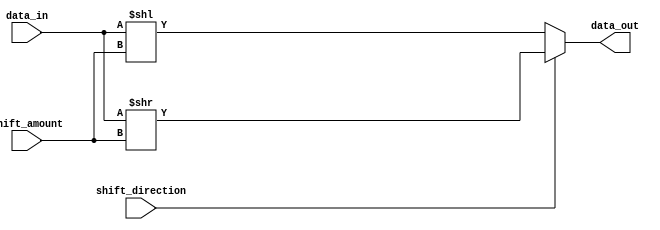
module barrel_shifter (
    input wire [31:0] data_in,
    input wire [4:0] shift_amount,
    input wire shift_direction, // 0 for left shift, 1 for right shift
    output reg [31:0] data_out
);

always @ (data_in or shift_amount or shift_direction)
begin
    if (shift_direction == 0) begin
        data_out = data_in << shift_amount;
    end else begin
        data_out = data_in >> shift_amount;
    end
end

endmodule